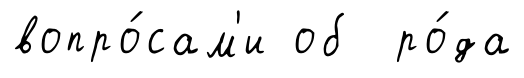
вопро́сам'и об ро́да